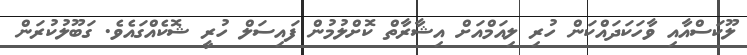
ލޫކަސްއާއި ވާހަކަދައްކަން ހުރި ލިއަމްއަށް އިޝާރާތް ކޮށްލުމުން ފައިސަލް ހުރީ ޝޮކެއްގައެވެ. ގަބޫލުކުރަން